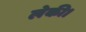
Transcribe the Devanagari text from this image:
लेकी।